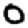
Digit: 0